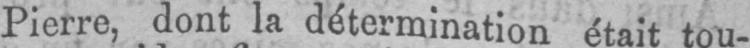
Pierre, dont la détermination était tou-